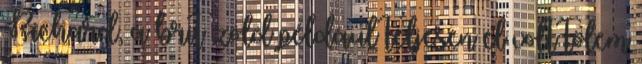
Richard, a brit zöld például teljesen el volt tőlem